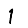
Digit: 1